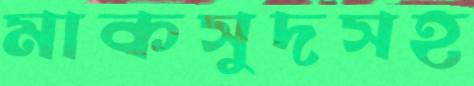
মাকসুদসহ